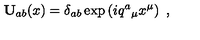
\mathbf { U } _ { a b } ( x ) = \delta _ { a b } \exp \left( i q ^ { a } { } _ { \mu } x ^ { \mu } \right) \ ,